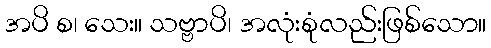
အပိ စ၊ သေး။ သဗ္ဗာပိ၊ အလုံးစုံလည်းဖြစ်သော။